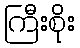
ကြီးစိုး